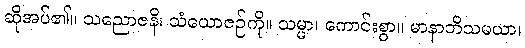
ဆိုအပ်၏။ သညောဇနိ၊ သံယောဇဉ်ကို။ သမ္မာ၊ ကောင်းစွာ။ မာနာဘိသမယာ၊